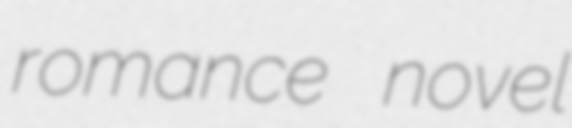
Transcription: romance novel